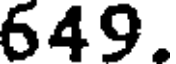
649.